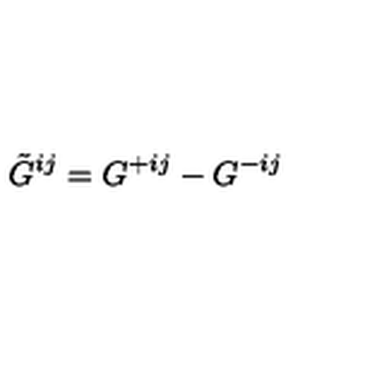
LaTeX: \tilde { G } ^ { i j } = G ^ { + i j } - G ^ { - i j }